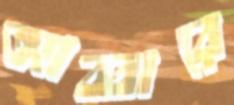
আব্বারে